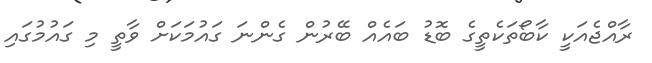
ރާއްޖެއަކީ ކާބޯތަކެތީގެ ބޮޑު ބައެއް ބޭރުން ގެންނަ ގައުމަކަށް ވާތީ މި ގައުމުގައި